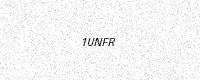
Text: 1UNFR